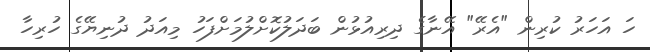
ހަ އަހަރު ކުރިން "އެރޭ" އޭނާގެ ދިރިއުޅުން ބަދަލުކޮށްލުމަށްފަހު މިއަދު ދުނިޔޭގެ ހުރިހާ